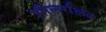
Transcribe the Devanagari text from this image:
शीलरक्षित